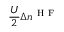
\frac { U } { 2 } \Delta n ^ { \mathrm { ~ H ~ F ~ } }